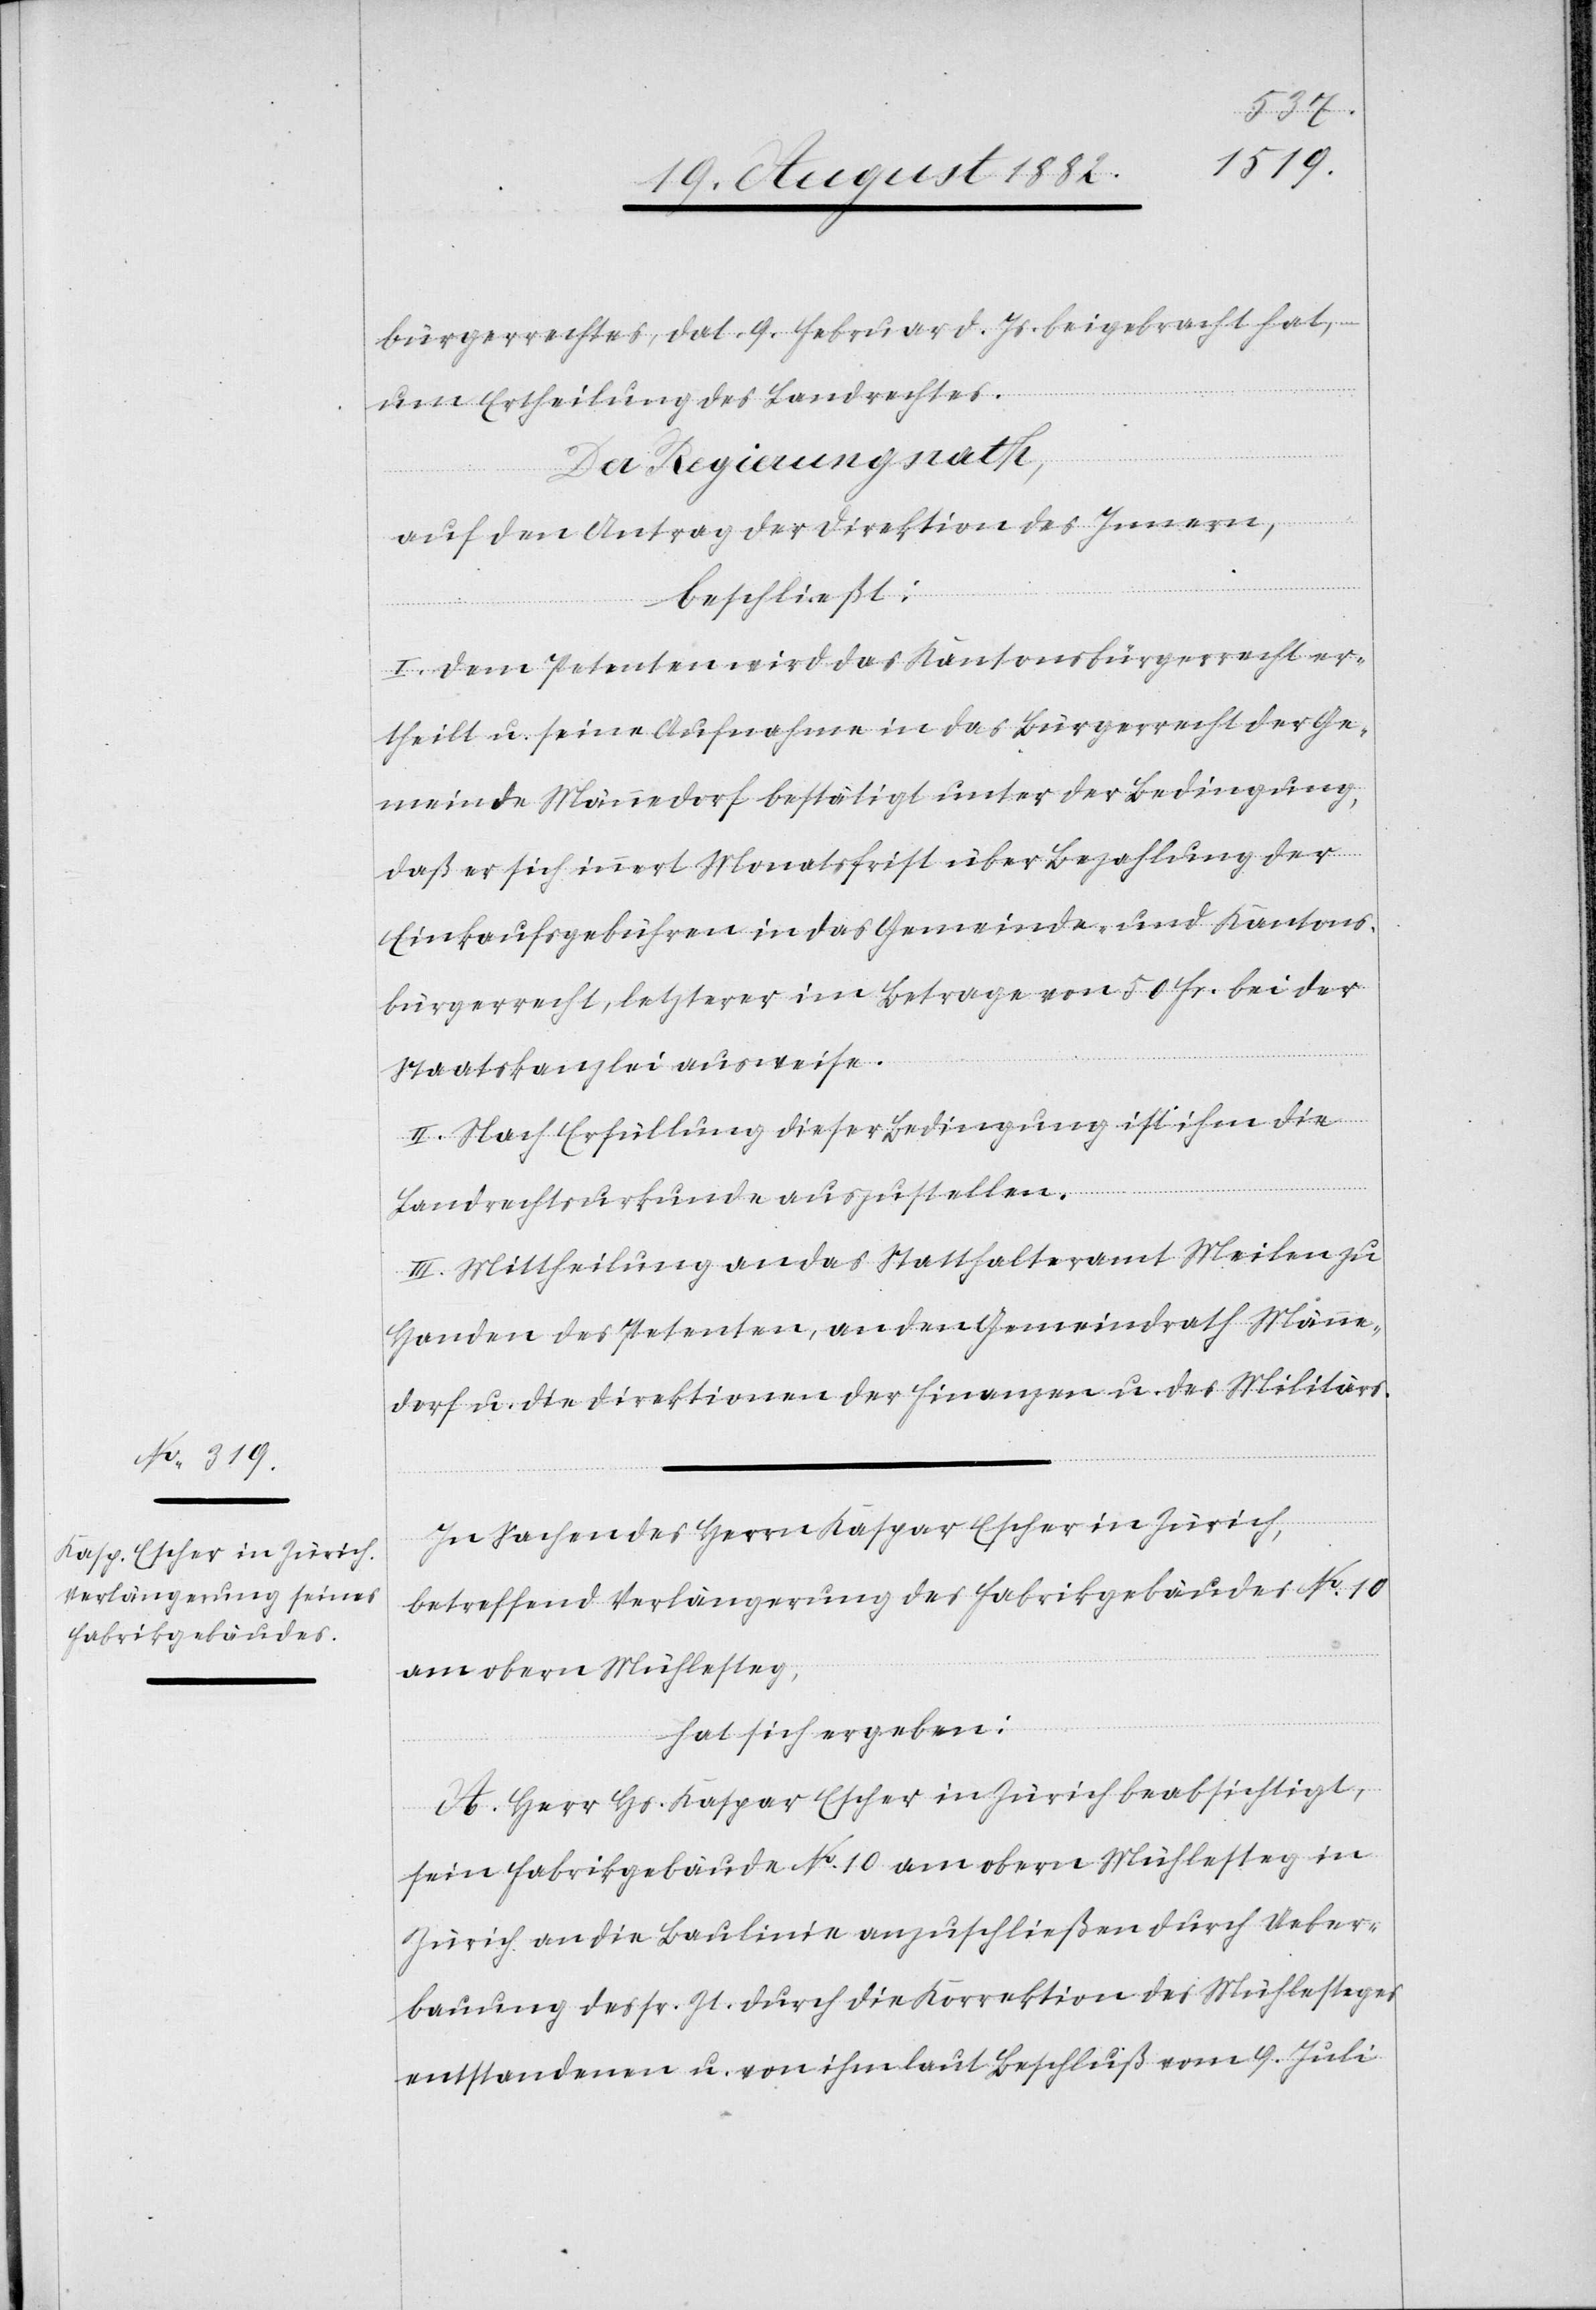
bürgerrechtes, dat. 9. Februar d. Js. beigebracht hat, –
um Ertheilung des Landrechtes.
Der Regierungsrath,
auf den Antrag der Direktion des Innern,
beschließt:
I. Dem Petenten wird das Kantonsbürgerrecht er¬
theilt u. seine Aufnahme in das Bürgerrecht der Ge¬
meinde Männedorf bestätigt unter der Bedingung,
daß er sich innert Monatsfrist über Bezahlung der
Einkaufsgebühren in das Gemeinde- und Kantons¬
bürgerrecht, letzterer im Betrage von 50 Fr. bei der
Staatskanzlei ausweise.
II. Nach Erfüllung dieser Bedingung ist ihm die
Landrechtsurkunde auszustellen.
III. Mittheilung an das Statthalteramt Meilen zu
Handen des Petenten, an den Gemeindrath Männe¬
dorf u. die Direktionen der Finanzen u. des Militärs.
In Sachen des Herrn Kaspar Escher in Zürich,
betreffend Verlängerung des Fabrikgebäudes No 10
am obern Mühlesteg,
hat sich ergeben:
A. Herr Hs. Kaspar Escher in Zürich beabsichtigt,
sein Fabrikgebäude No 10 am obern Mühlesteg in
Zürich an die Baulinie anzuschließen durch Ueber¬
bauung des sr. Zt durch die Korrektion des Mühlesteges
entstandenen u. von ihm laut Beschluß vom 9. Juli